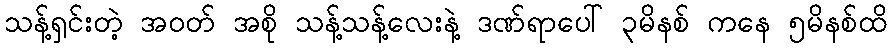
သန့်ရှင်းတဲ့ အဝတ် အစို သန့်သန့်လေးနဲ့ ဒဏ်ရာပေါ် ၃မိနစ် ကနေ ၅မိနစ်ထိ